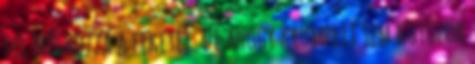
fel Méghozzá a feketét. De ahogy krumplit sem kötözök